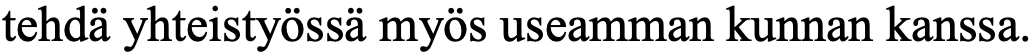
tehdä yhteistyössä myös useamman kunnan kanssa.